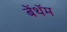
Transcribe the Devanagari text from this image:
बेंथॅम